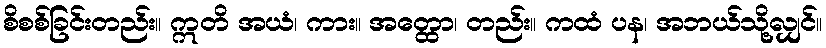
စိစစ်ခြင်းတည်း။ ဣတိ အယံ၊ ကား။ အတ္ထော၊ တည်း။ ကထံ ပန၊ အဘယ်သို့လျှင်။